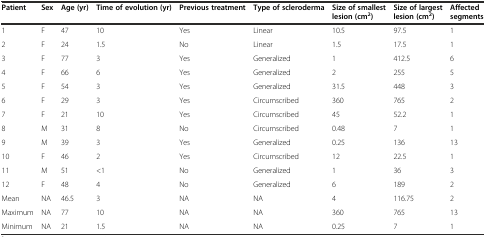
<table><thead><tr><td><b>Patient</b></td><td><b>Sex</b></td><td><b>Age (yr)</b></td><td><b>Time of evolution (yr)</b></td><td><b>Previous treatment</b></td><td><b>Type of scleroderma</b></td><td><b>Size of smallest lesion (cm<sup>2</sup>)</b></td><td><b>Size of largest lesion (cm<sup>2</sup>)</b></td><td><b>Affected segments</b></td></tr></thead><tbody><tr><td>1</td><td>F</td><td>47</td><td>10</td><td>Yes</td><td>Linear</td><td>10.5</td><td>97.5</td><td>1</td></tr><tr><td>2</td><td>F</td><td>24</td><td>1.5</td><td>No</td><td>Linear</td><td>1.5</td><td>17.5</td><td>1</td></tr><tr><td>3</td><td>F</td><td>77</td><td>3</td><td>Yes</td><td>Generalized</td><td>1</td><td>412.5</td><td>6</td></tr><tr><td>4</td><td>F</td><td>66</td><td>6</td><td>Yes</td><td>Generalized</td><td>2</td><td>255</td><td>5</td></tr><tr><td>5</td><td>F</td><td>54</td><td>3</td><td>Yes</td><td>Generalized</td><td>31.5</td><td>448</td><td>3</td></tr><tr><td>6</td><td>F</td><td>29</td><td>3</td><td>Yes</td><td>Circumscribed</td><td>360</td><td>765</td><td>2</td></tr><tr><td>7</td><td>F</td><td>21</td><td>10</td><td>Yes</td><td>Circumscribed</td><td>45</td><td>52.2</td><td>1</td></tr><tr><td>8</td><td>M</td><td>31</td><td>8</td><td>No</td><td>Circumscribed</td><td>0.48</td><td>7</td><td>1</td></tr><tr><td>9</td><td>M</td><td>39</td><td>3</td><td>Yes</td><td>Generalized</td><td>0.25</td><td>136</td><td>13</td></tr><tr><td>10</td><td>F</td><td>46</td><td>2</td><td>Yes</td><td>Circumscribed</td><td>12</td><td>22.5</td><td>1</td></tr><tr><td>11</td><td>M</td><td>51</td><td>&lt;1</td><td>No</td><td>Generalized</td><td>1</td><td>36</td><td>3</td></tr><tr><td>12</td><td>F</td><td>48</td><td>4</td><td>No</td><td>Generalized</td><td>6</td><td>189</td><td>2</td></tr><tr><td>Mean</td><td>NA</td><td>46.5</td><td>3</td><td>NA</td><td>NA</td><td>4</td><td>116.75</td><td>2</td></tr><tr><td>Maximum</td><td>NA</td><td>77</td><td>10</td><td>NA</td><td>NA</td><td>360</td><td>765</td><td>13</td></tr><tr><td>Minimum</td><td>NA</td><td>21</td><td>1.5</td><td>NA</td><td>NA</td><td>0.25</td><td>7</td><td>1</td></tr></tbody></table>